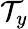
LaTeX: \mathcal{T}_{y}